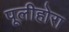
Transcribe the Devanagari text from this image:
पूलीहोरा